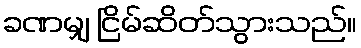
ခဏမျှ ငြိမ်ဆိတ်သွားသည်။